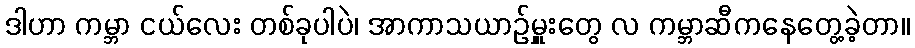
ဒါဟာ ကမ္ဘာ ငယ်လေး တစ်ခုပါပဲ၊ အာကာသယာဉ်မှူးတွေ လ ကမ္ဘာဆီကနေတွေ့ခဲ့တာ။